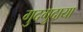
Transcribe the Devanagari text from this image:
गुदगुदाया